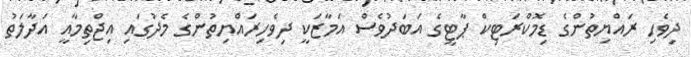
ދިވެހި ރައްޔިތުންގެ ޑިމޮކްރަޓިކް ޕާޓީގެ އަބަދުވެސް އަމާޒަކީ ދިވެހިރައްޔިތުންގެ މެދުގައި އިޖްތިމާއީ އަދާލަތު